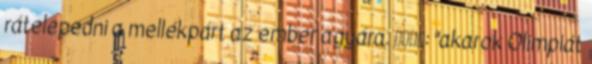
rátelepedni a mellékpárt az ember agyára. Союз: "akarok Olimpiát